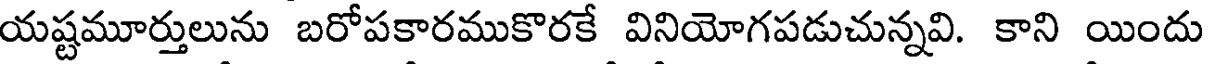
యష్టమూర్తులును బరోపకారముకొరకే వినియోగపడుచున్నవి. కాని యిందు